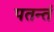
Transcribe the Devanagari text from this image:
पतन्तं